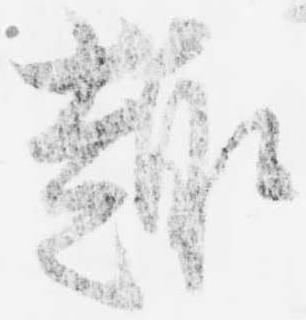
趣